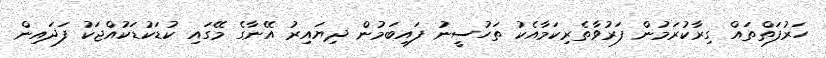
ހަރުފަތްތައް ގިރާކުރަމުން ފަރުވާތެރިކަމާއެކު ތަހުސީނު ފައިބަމުން ދިޔައިރު އޭނާގެ މޭގައި ކުޑަކުޑަކުއްޖަކު ފަދައިން